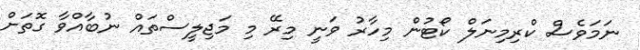
ނަމަވެސް ކްރިމިނަލް ކޯޓުން މިހާރު ވަނީ މިރޭ މި މަޖިލީސްތައް ނުބާއްވާ ގޮތަށް